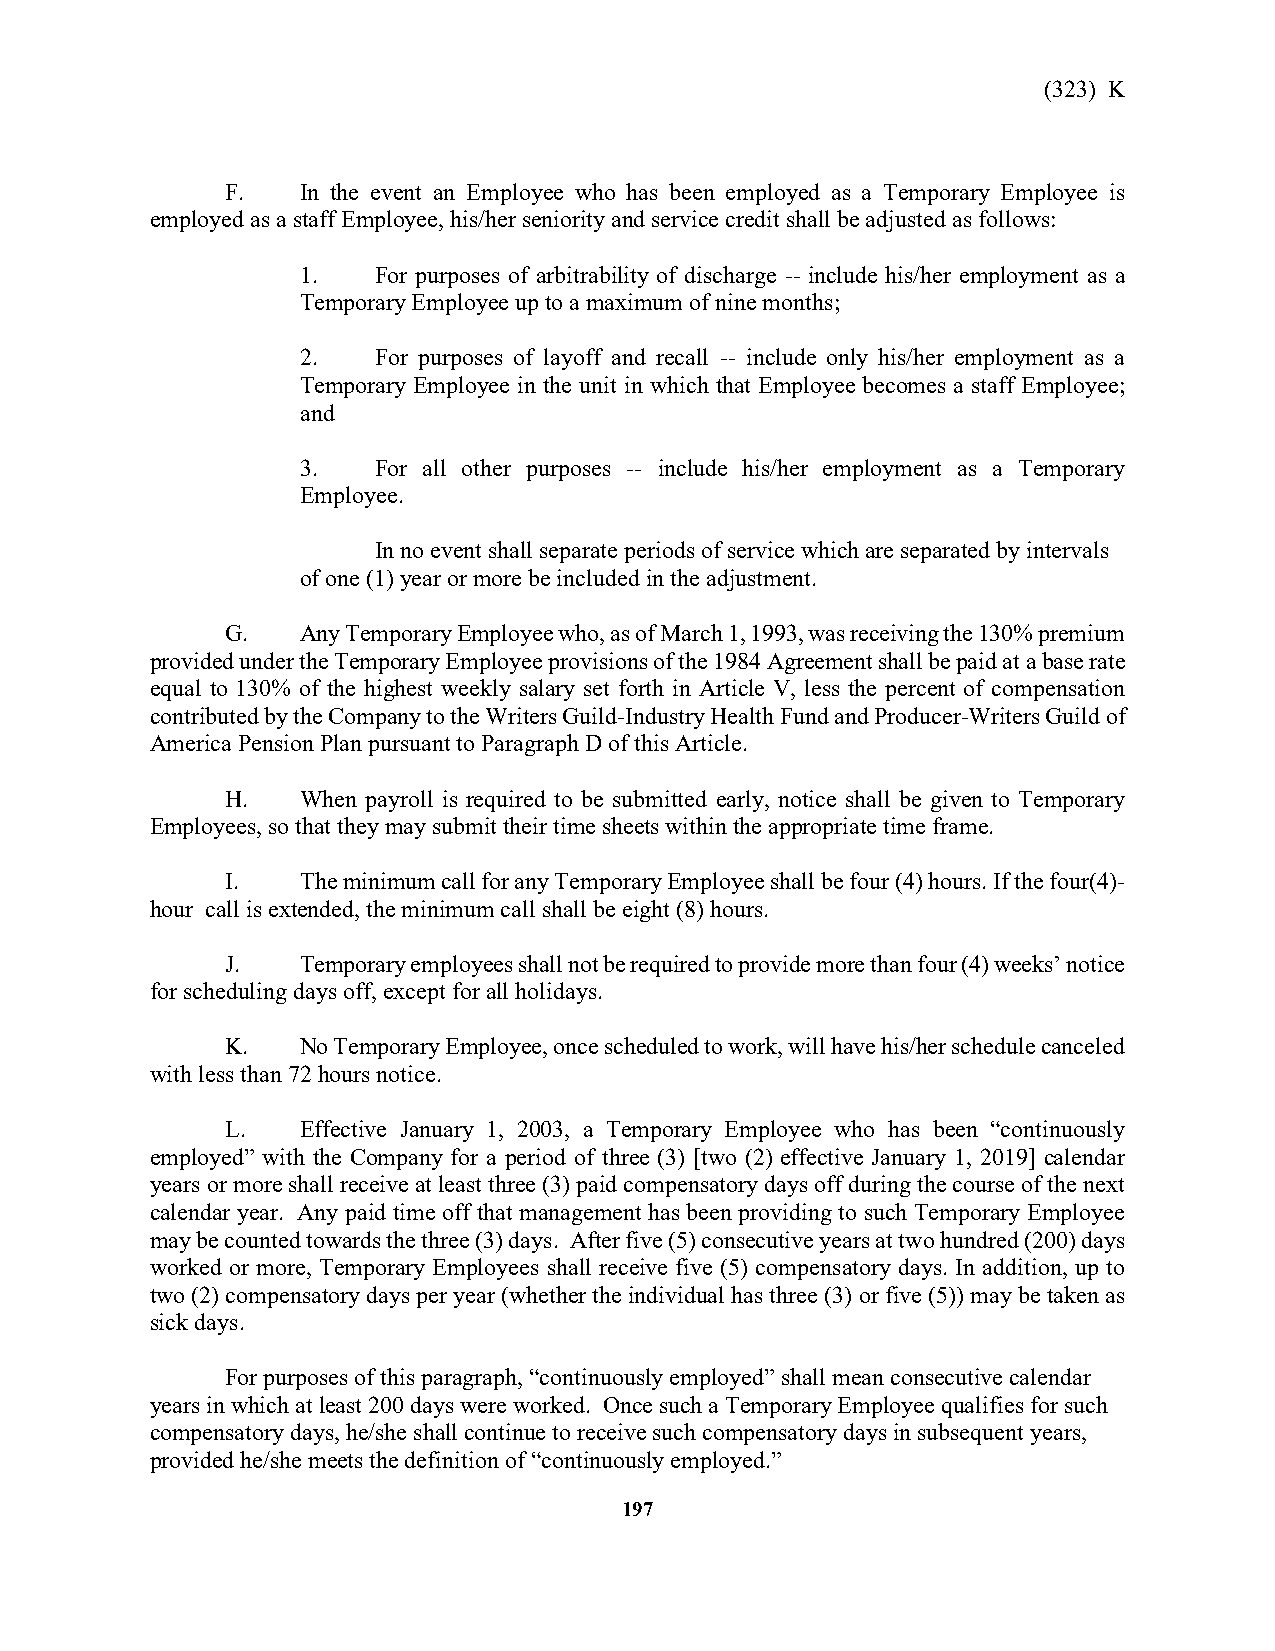
(323) K
 F.   In the event an Employee who has been employed as a Temporary Employee is
 employed as a staff Employee, his/her seniority and service credit shall be adjusted as follows:
 1.   For purposes of arbitrability of discharge -- include his/her employment as a
 Temporary Employee up to a maximum of nine months;
 2.   For purposes of layoff and recall -- include only his/her employment as a
 Temporary Employee in the unit in which that Employee becomes a staff Employee;
 and
 3.   For all other purposes -- include his/her employment as a Temporary
 Employee.
 In no event shall separate periods of service which are separated by intervals
 of one (1) year or more be included in the adjustment.
 G.   Any Temporary Employee who, as of March 1, 1993, was receiving the 130% premium
 provided under the Temporary Employee provisions of the 1984 Agreement shall be paid at a base rate
 equal to 130% of the highest weekly salary set forth in Article V, less the percent of compensation
 contributed by the Company to the Writers Guild-Industry Health Fund and Producer-Writers Guild of
 America Pension Plan pursuant to Paragraph D of this Article.
 H.   When payroll is required to be submitted early, notice shall be given to Temporary
 Employees, so that they may submit their time sheets within the appropriate time frame.
 I.   The minimum call for any Temporary Employee shall be four (4) hours. If the four(4)-
 hour call is extended, the minimum call shall be eight (8) hours.
 J.   Temporary employees shall not be required to provide more than four (4) weeks’ notice
 for scheduling days off, except for all holidays.
 K.   No Temporary Employee, once scheduled to work, will have his/her schedule canceled
 with less than 72 hours notice.
 L.   Effective January 1, 2003, a Temporary Employee who has been “continuously
 employed” with the Company for a period of three (3) [two (2) effective January 1, 2019] calendar
 years or more shall receive at least three (3) paid compensatory days off during the course of the next
 calendar year. Any paid time off that management has been providing to such Temporary Employee
 may be counted towards the three (3) days. After five (5) consecutive years at two hundred (200) days
 worked or more, Temporary Employees shall receive five (5) compensatory days. In addition, up to
 two (2) compensatory days per year (whether the individual has three (3) or five (5)) may be taken as
 sick days.
 For purposes of this paragraph, “continuously employed” shall mean consecutive calendar
 years in which at least 200 days were worked. Once such a Temporary Employee qualifies for such
 compensatory days, he/she shall continue to receive such compensatory days in subsequent years,
 provided he/she meets the definition of “continuously employed.”
 197